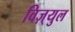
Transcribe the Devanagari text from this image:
विज़्युल